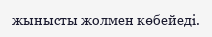
жынысты жолмен көбейеді.